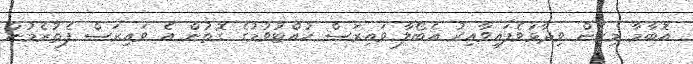
އޮބާމާ މިހެން ވިދާޅުވެފައިވާއިރު އެބޯލާ ވައިރަސް ހުއްޓުވުމުގެ ގޮތުން އެ ވައިރަސް ފެތުރެމުން